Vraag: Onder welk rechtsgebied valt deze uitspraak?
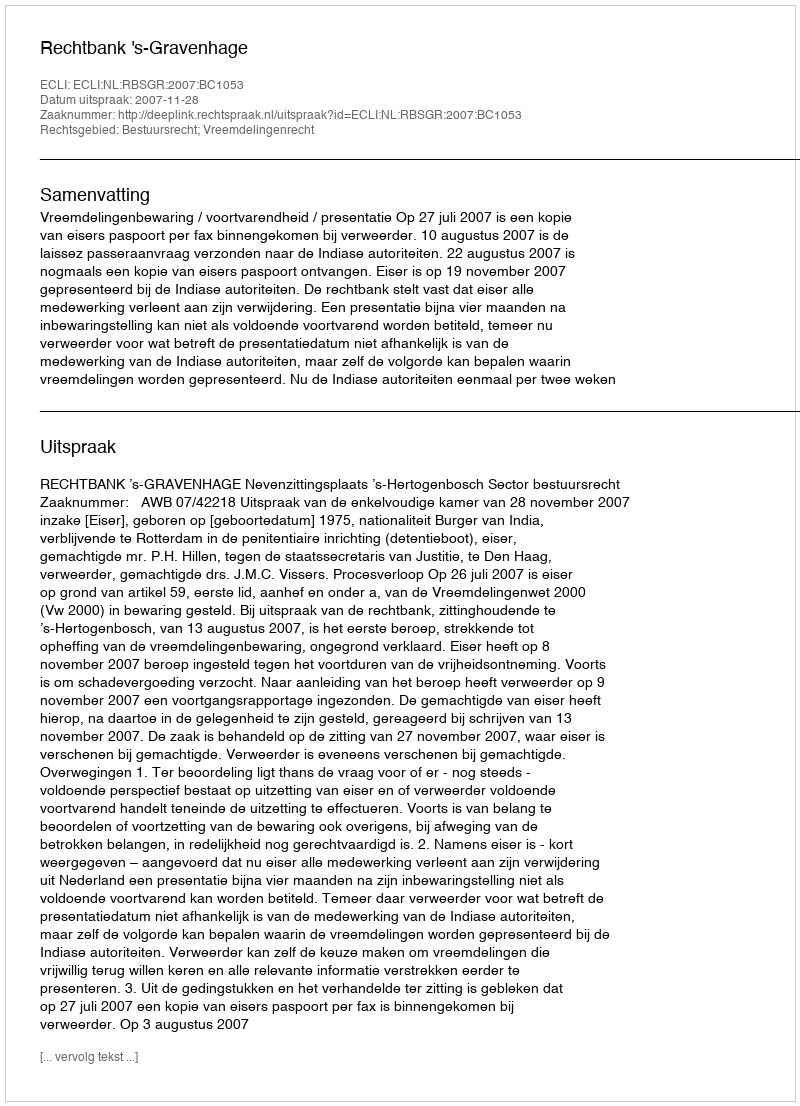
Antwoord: Bestuursrecht; Vreemdelingenrecht